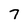
Character: 7